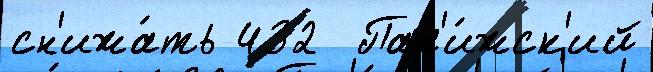
сн'ижа́ть 432  Пар'и́жск'ий